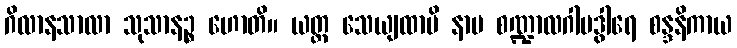
ဂိလာနသာလာ သုသာနဉ္စ ဟောတိ။ ယတ္ထ သေယျထာပိ နာမ စဏ္ဍာလဂါမဒွါရေ စန္ဒနိကာယ